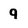
Character: 9